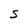
Character: S